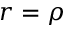
r = \rho